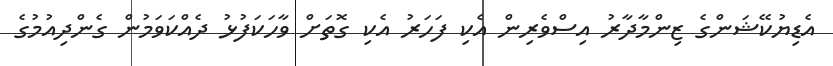
އެޑިޔުކޭޝަންގެ ޒިންމާދާރު އިސްވެރިން އެކި ފަހަރު އެކި ގޮތަށް ވާހަކަފުޅު ދެއްކަވަމުން ގެންދިއުމުގެ